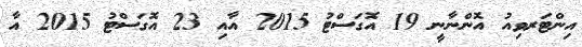
އިންޓަރވިއު އޮންނާނީ 19 އޮގަސްޓު 2015 އާއި 23 އޮގަސްޓު 2015 އާ